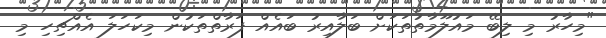
"މިހާރު މި ލިބޭ މައުލޫމާތުތަކަށް ބަލާއިރު ބައެއް ފަރާތްތަކުން މިކަހަލަ އެއްޗިހި މި